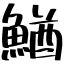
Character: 鰌